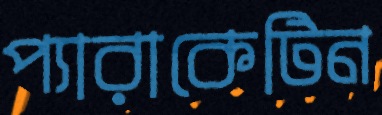
প্যারাকেটিন